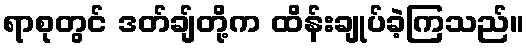
ရာစုတွင် ဒတ်ချ်တို့က ထိန်းချုပ်ခဲ့ကြသည်။